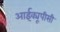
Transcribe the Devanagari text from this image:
आईक्यूपीसी